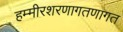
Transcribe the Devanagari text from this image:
हम्मीरशरणागतणागत